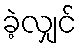
ခဲ့လျှင်